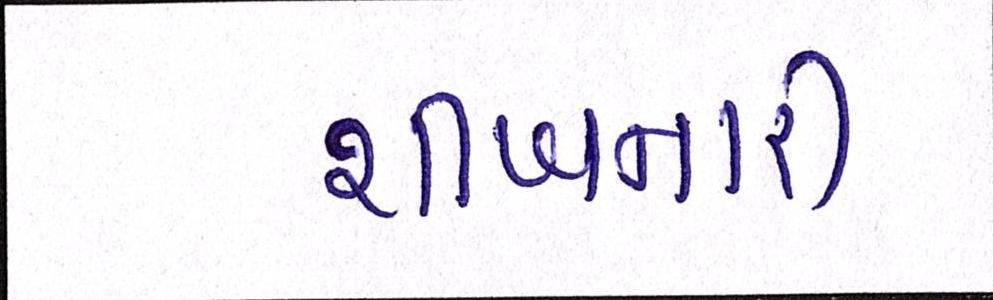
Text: શીખનારી